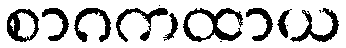
စာဂကထာယ